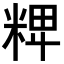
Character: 𥺛